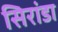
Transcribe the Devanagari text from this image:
सिरांडा